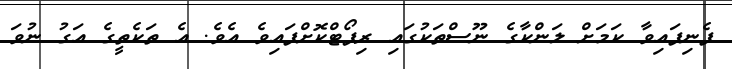
ފެނިފައިވާ ކަމަށް ލަންކާގެ ނޫސްތަކުގައި ރިޕޯޓްކޮށްފައިވެ އެވެ. އެ ތަކެތީގެ އަގު ނުވަ